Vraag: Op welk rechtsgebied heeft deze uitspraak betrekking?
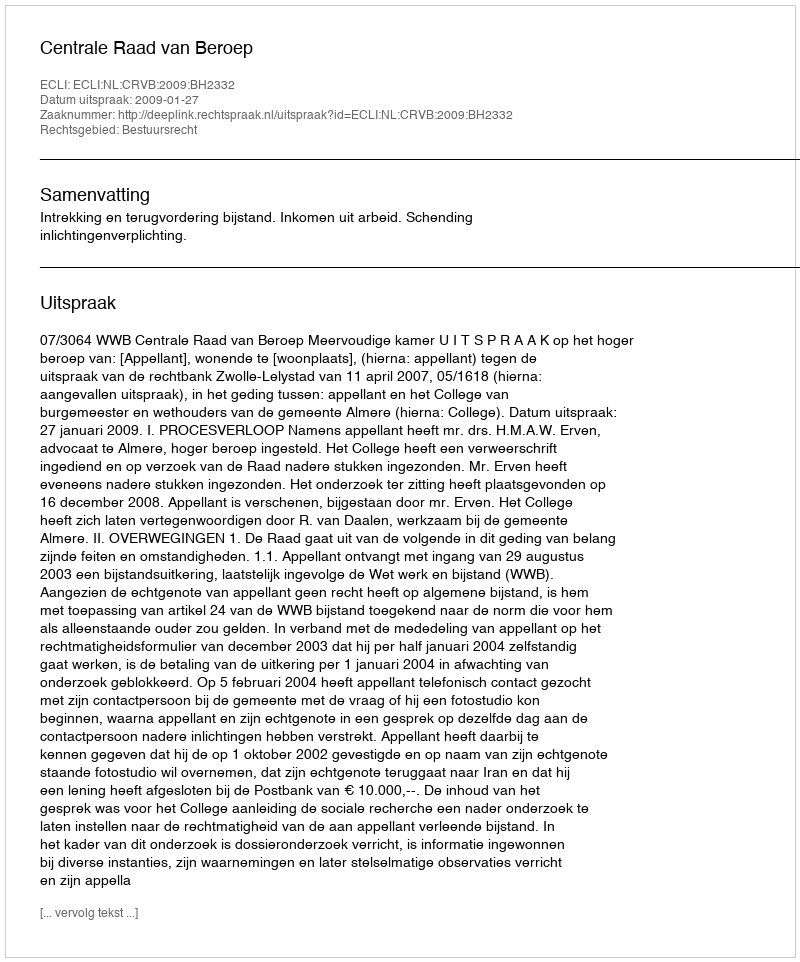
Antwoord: Bestuursrecht